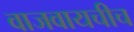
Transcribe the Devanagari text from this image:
वाजवायचीच